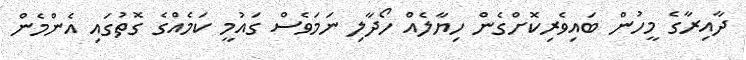
ދާއިރާގެ މީހުން ބައިވެރިކޮށްގެން ހިޔާލެއް ހޯދާލި ނަމަވެސް ގައުމީ ކަމެއްގެ ގޮތުގައި އެންމެން